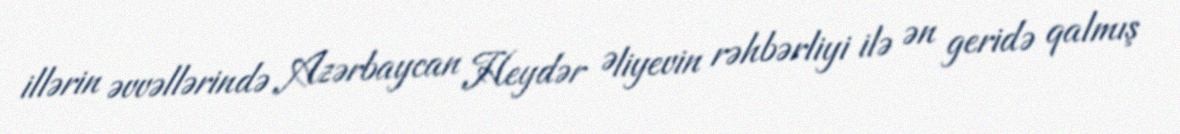
illərin əvvəllərində Azərbaycan Heydər Əliyevin rəhbərliyi ilə ən geridə qalmış